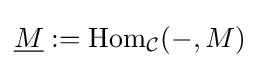
{\underline {M}}:=\mathrm {Hom} _{\mathcal {C}}(-,M)